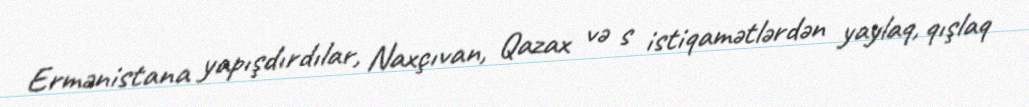
Ermənistana yapışdırdılar, Naxçıvan, Qazax və s istiqamətlərdən yaylaq, qışlaq